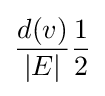
{\frac {d(v)}{|E|}}{\frac {1}{2}}